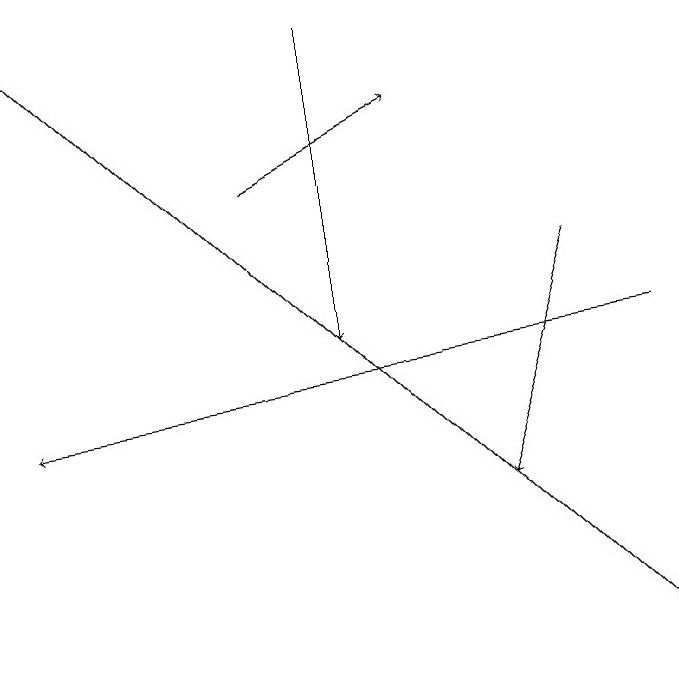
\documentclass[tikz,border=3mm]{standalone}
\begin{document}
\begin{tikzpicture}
\draw[->] (8,15) -- (0,14);
\draw[->] (0,19) -- (8,11);
\draw[->] (7,16) -- (6,13);
\draw[->] (3,17) -- (5,18);
\draw[->] (4,19) -- (4,15);
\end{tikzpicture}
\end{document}